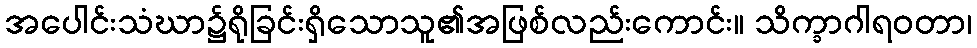
အပေါင်းသံဃာ၌ရိုခြင်းရှိသောသူ၏အဖြစ်လည်းကောင်း။ သိက္ခာဂါရဝတာ၊